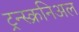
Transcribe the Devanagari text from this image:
ट्रन्स्क्रनिअल